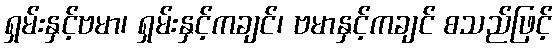
ရှမ်းနှင့်ဗမာ၊ ရှမ်းနှင့်ကချင်၊ ဗမာနှင့်ကချင် စသည်ဖြင့်